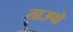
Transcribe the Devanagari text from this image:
ताउपो